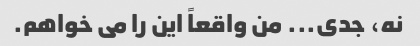
نه، جدی... من واقعاً این را می خواهم.